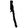
Digit: 1